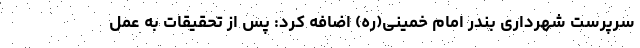
سرپرست شهرداری بندر امام خمینی(ره) اضافه کرد: پس از تحقیقات به عمل